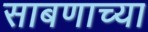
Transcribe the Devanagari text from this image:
साबणाच्या